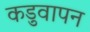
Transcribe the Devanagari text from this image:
कड़ुवापन